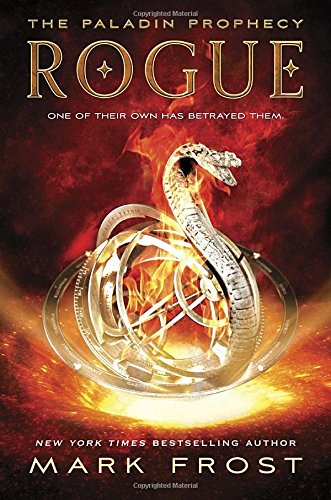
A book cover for Rogue: The Paladin Prophecy Book 3; Mark Frost; Teen & Young Adult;